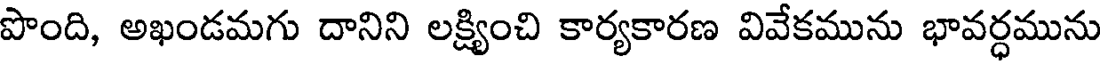
పొంది, అఖండమగు దానిని లక్ష్యించి కార్యకారణ వివేకమును భావర్ధమును